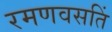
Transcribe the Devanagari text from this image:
रमणवसतिं